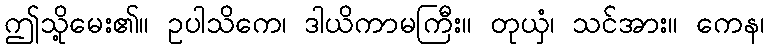
ဤသို့မေး၏။ ဥပါသိကေ၊ ဒါယိကာမကြီး။ တုယှံ၊ သင်အား။ ကေန၊